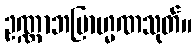
ဥဏ္ဏာဘဗြာဟ္မဏသုတ်။